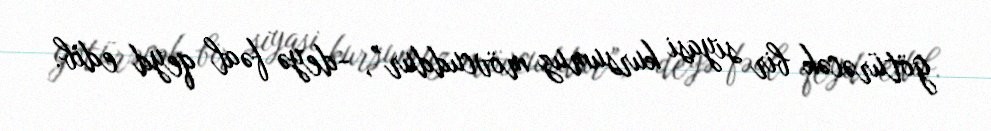
götürəcək bir siyasi kursumuz mövcuddur”, -deyə fəal qeyd edib.